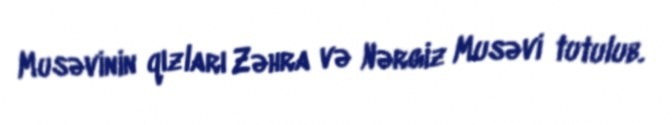
Musəvinin qızları Zəhra və Nərgiz Musəvi tutulub.